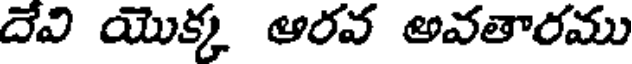
దేవి యొక్క ఆరవ అవతారము